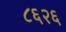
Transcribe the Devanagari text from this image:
८६२६